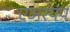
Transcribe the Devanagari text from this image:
एअरपंप